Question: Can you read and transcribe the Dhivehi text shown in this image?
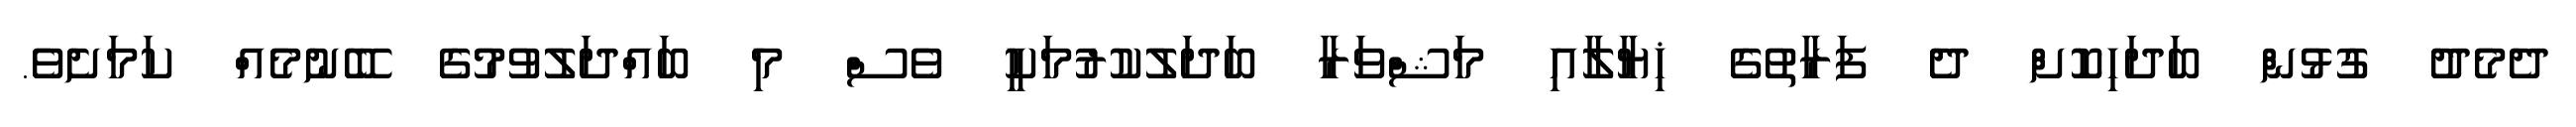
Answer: ދެމެދު ގުޅުން ބަދަހިކޮށް ދެ ފަރާތުގެ ޚިޔާލާއި މަޝްވަރާ ބަދަލުކުރުމަކީ ވެސް މި ބައްދަލުވުމުގެ ބޭނުމެއް ކަމަށެވެ.